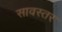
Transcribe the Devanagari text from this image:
सावस्तर